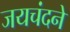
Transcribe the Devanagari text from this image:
जयचंदने